Enquiry on enteric fever in India - Number 32
Disease focus: Fever
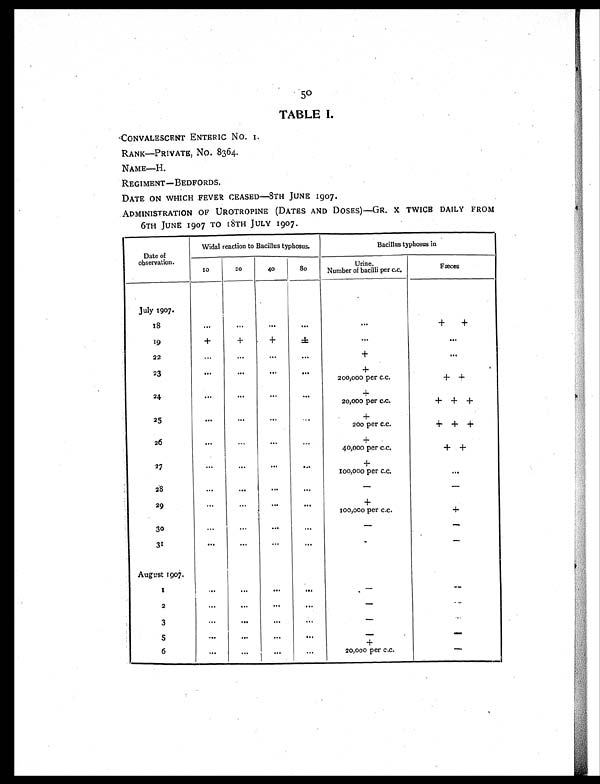
50
TABLE I.
CONVALESCENT ENTERIC No. 1.
RANK—PRIVATE, No. 8364.
NAME—H.
REGIMENT — BEDFORDS.
DATE ON WHICH FEVER CEASED—8TH JUNE 1907.
ADMINISTRATION OF UROTROPINE (DATES AND DOSES)—GR. X TWICE DAILY FROM
6TH JUNE 1907 TO 18TH JULY 1907.
Date of
observation.
Widal reaction to Bacillus typhosus.
Bacillus typhosus in
10
20
40
80
Urine.
Number of bacilli per c.c.
Fæces
July 1907.
1 8
. . .
...
. . .
. . .
. . .
+ +
1 9
+
+
+
±
. . .
...
22
. . .
. . .
. . .
...
+
. . .
23
. . .
. . .
. . .
. . .
+
200,000 per c.c.
+ +
24
. . .
. . .
. . .
. . .
+
20,000 per c.c.
+ + +
25
. . .
. . .
. . .
. . .
+
200 per c.c.
+ + +
26
. . .
. . .
. . .
. . .
+
40,000 per c.c.
+ +
27
. . .
...
. . .
. . .
+
100,000 per c.c.
. . .
2.8
. . .
...
. . .
...
-
-
29
...
. . .
. . .
. . .
+
100,000 per c.c.
+
30
...
...
. . .
...
-
-
31
. . .
. . .
. . .
. . .
-
-
August 1907.
1
. . .
. . .
. . .
...
-
-
2
. . .
...
. . .
. . .
-
-
3
. . .
...
...
. . .
-
-
5
. . .
. . .
. . .
. . .
-
-
+
6
. . .
. . .
. . .
. . .
20,000 per c.c.
-